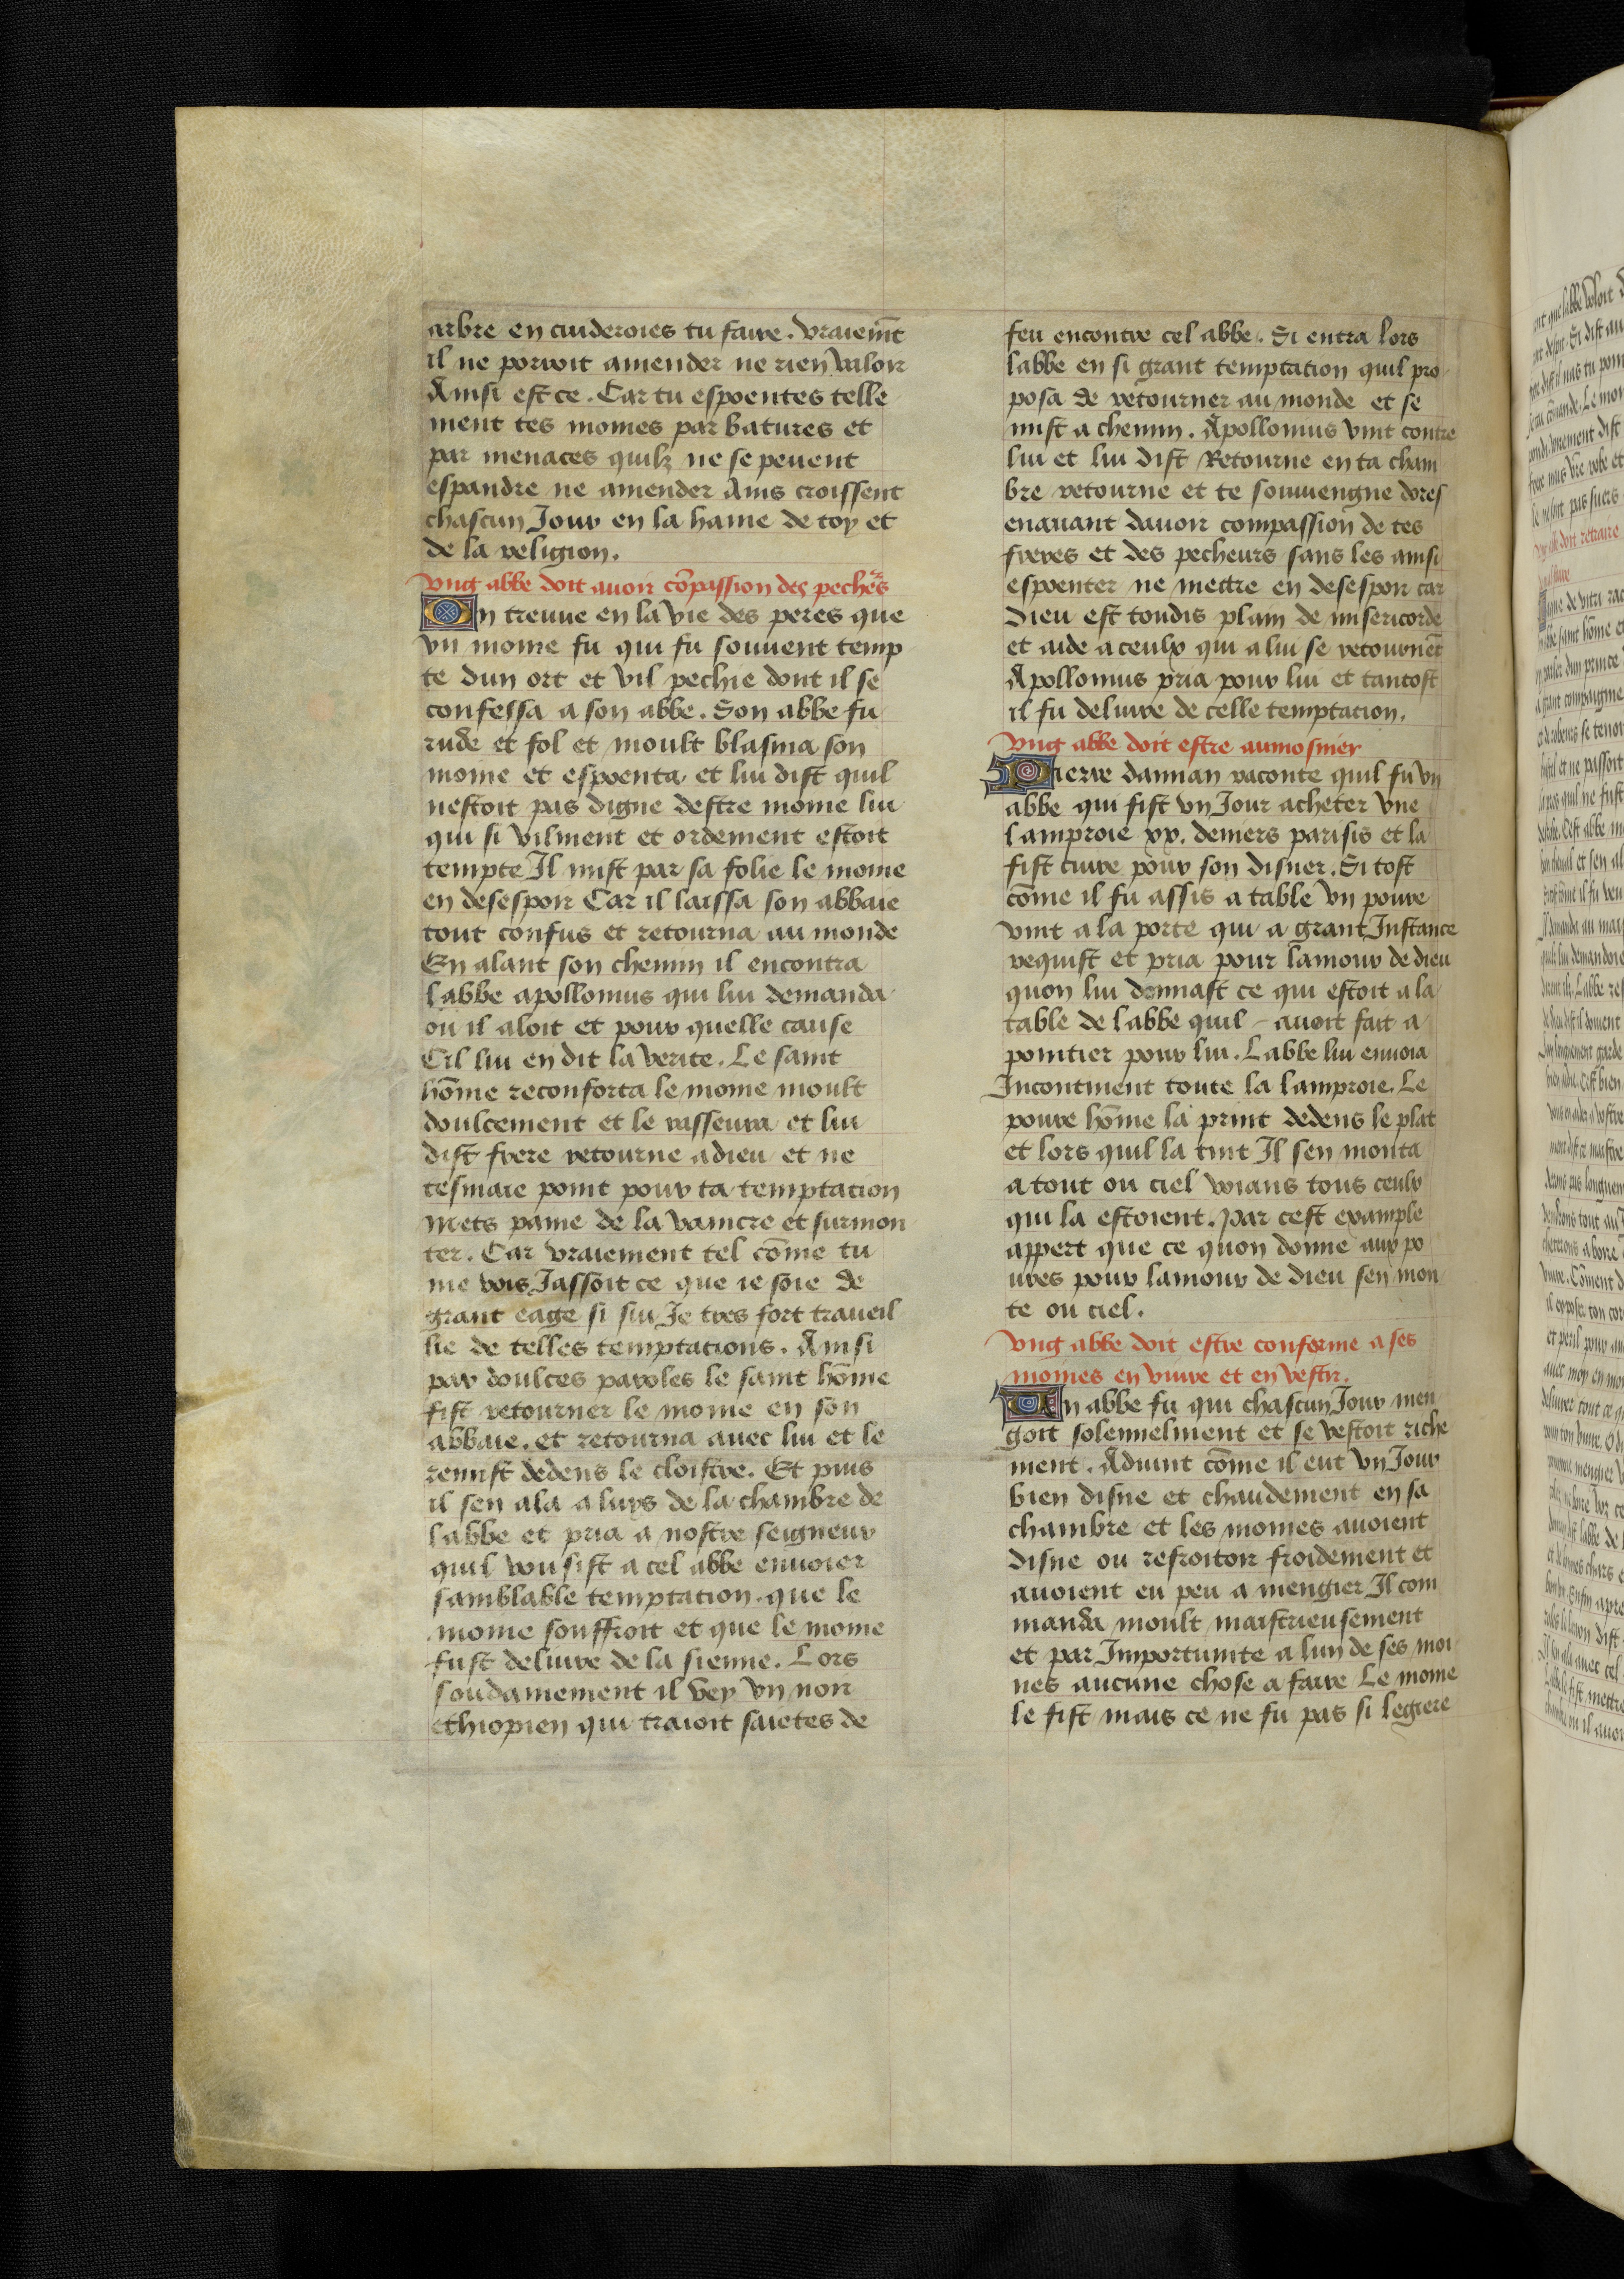
Shelfmark: Bruxelles, KBR, ms. 9232
Century: 15